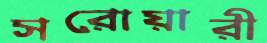
সরোয়ারী